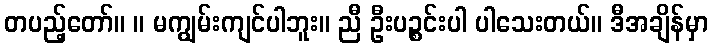
တပည့်တော်။ ။ မကျွမ်းကျင်ပါဘူး။ ညီ ဦးပဉ္စင်းပါ ပါသေးတယ်။ ဒီအချိန်မှာ